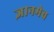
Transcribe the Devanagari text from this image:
ज्ञानमेव